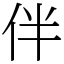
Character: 伴